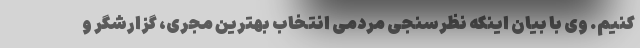
کنیم. وی با بیان اینکه نظرسنجی مردمی انتخاب بهترین مجری، گزارشگر و